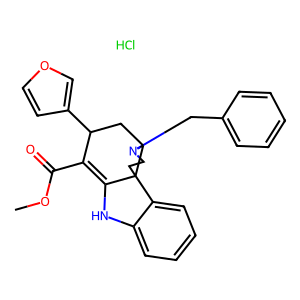
SMILES: COC(=O)C1=C2Nc3ccccc3C23CCN(Cc2ccccc2)C3CC1c1ccoc1.Cl
Inhibits HIV replication: No